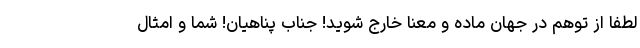
لطفا از توهم در جهان ماده و معنا خارج شوید! جناب پناهیان! شما و امثال